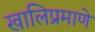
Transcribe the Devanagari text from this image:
खालिप्रमाणे